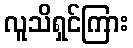
လူသိရှင်ကြား